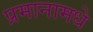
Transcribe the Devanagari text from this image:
प्रमानामधे